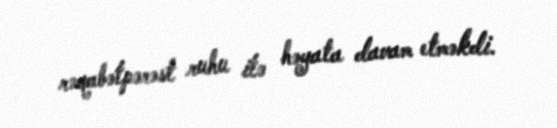
rəqabətpərəst ruhu ilə həyata davam etməkdi.